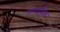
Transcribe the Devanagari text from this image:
अन्यधिक